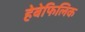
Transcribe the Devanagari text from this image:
हेबेफिलिक